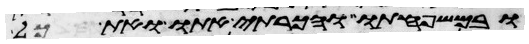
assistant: ובמשפחתו והכרתי אתו ואת כל